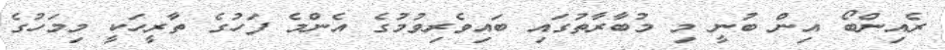
ރެއިންބޯ އިން ބުނީ މި މުބާރާތުގައި ބައިވެރިވުމުގެ އެންމެ ފަހުގެ ތާރީހަކީ މިމަހުގެ